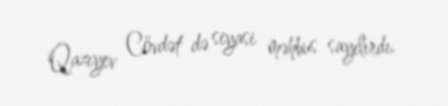
Qazıyev Cövdət də siyasi məhbus sayılırdı.